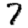
Digit: 7